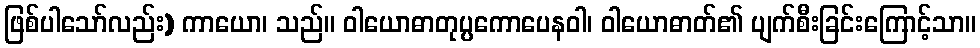
ဖြစ်ပါသော်လည်း) ကာယော၊ သည်။ ဝါယောဓာတုပ္ပကောပေနဝါ၊ ဝါယောဓာတ်၏ ပျက်စီးခြင်းကြောင့်သာ။